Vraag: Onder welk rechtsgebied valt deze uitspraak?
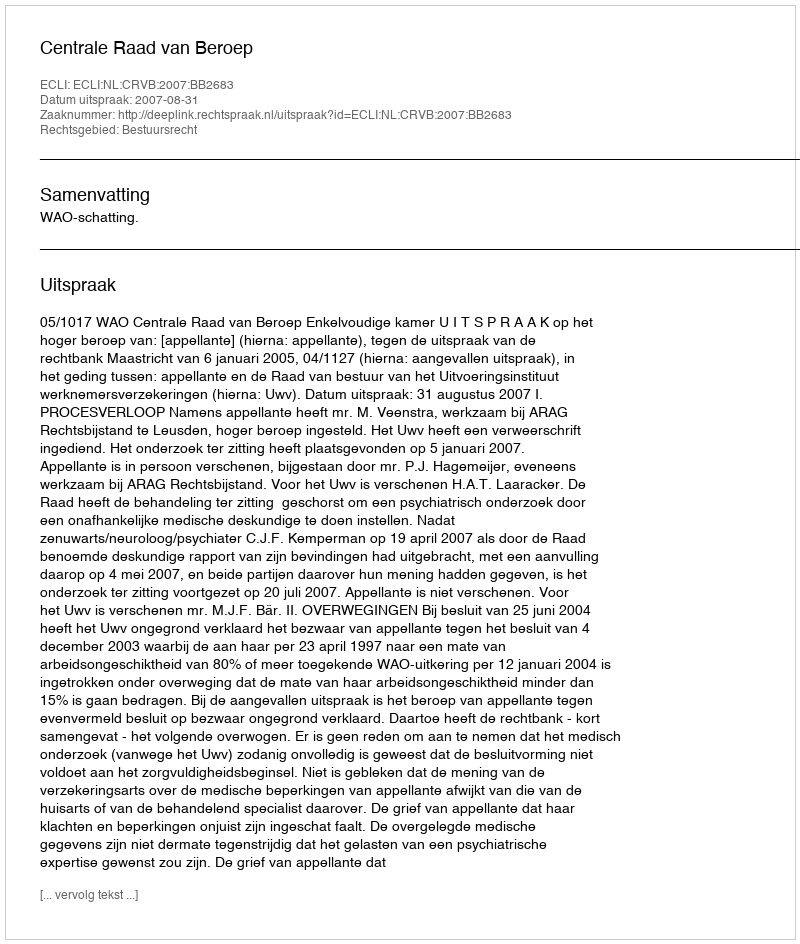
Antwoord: Bestuursrecht